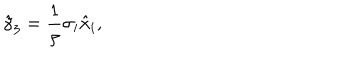
LaTeX: \hat { \gamma } _ { 3 } = \frac { 1 } { \rho } \sigma _ { i } \hat { x } _ { i } ,